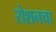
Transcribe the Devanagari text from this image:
रोशनचा